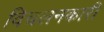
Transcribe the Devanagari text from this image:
विचलनकारी